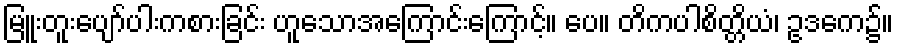
မြူးတူးပျော်ပါးကစားခြင်း ဟူသောအကြောင်းကြောင့်။ ပေ။ တိကပါစိတ္တိယံ၊ ဥဒကေ၌။